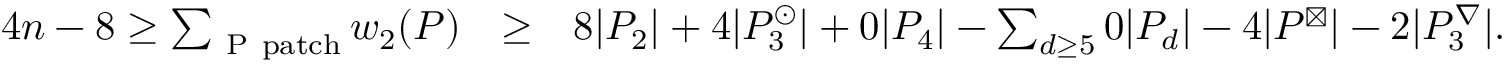
\begin{array} { r l r } { 4 n - 8 \geq \sum _ { \mathrm { ~ P ~ p a t c h } } w _ { 2 } ( P ) } & { \geq } & { 8 | { \ensuremath { \cal P } } _ { 2 } | + 4 | { \ensuremath { \cal P } } _ { 3 } ^ { \odot } | + 0 | { \ensuremath { \cal P } } _ { 4 } | - \sum _ { d \geq 5 } 0 | { \ensuremath { \cal P } } _ { d } | - 4 | { \ensuremath { \cal P } } ^ { \boxtimes } | - 2 | { \ensuremath { \cal P } } _ { 3 } ^ { \nabla } | . } \end{array}